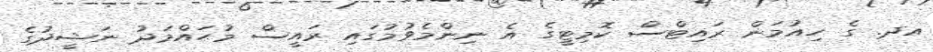
އދ. ގެ ހިއުމަން ރައިޓްސް ކޮމިޓީގެ އެ ނިންމެވުމުގައި ރައީސް މުޙައްމަދު ނަޝީދުގެ